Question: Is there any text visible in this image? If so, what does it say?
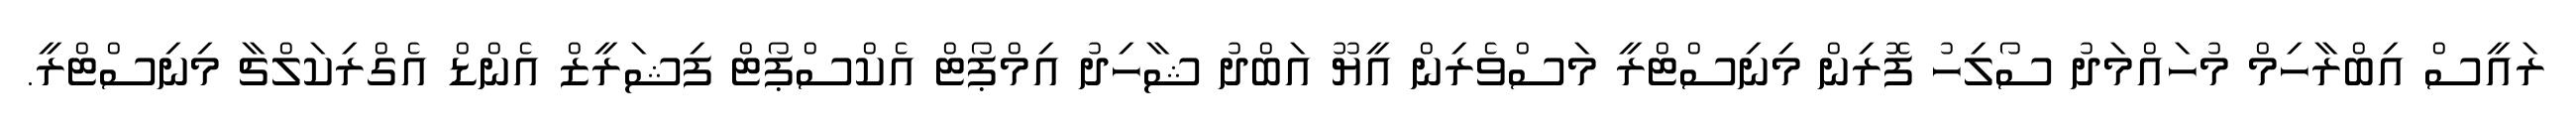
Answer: ރައީސް އިބްރާހިމް މުހައްމަދު ސޯލިހު ފޮރިން މިނިސްޓްރީ މަސްވެރިން އީޔޫ އަބްދު ޝާހިދު އިމްޕޯޓް އެކްސްޕޯޓް ފިޝަރީޒް އެންޑް އެގްރިކަލްޗާ މިނިސްޓްރީ.